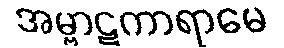
အမ္ဗာဋကာရာမေ